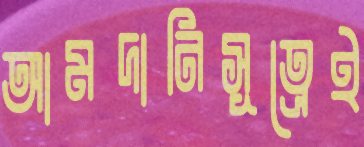
আমদানিসূত্রেই